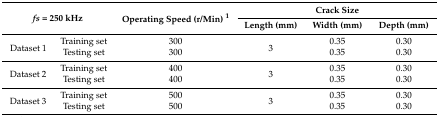
<table><thead><tr><td colspan="2" rowspan="2"><b><i>fs</i> = 250 kHz</b></td><td rowspan="2"><b>Operating Speed (r/Min) <sup>1</sup></b></td><td colspan="3"><b>Crack Size</b></td></tr><tr><td><b>Length (mm)</b></td><td><b>Width (mm)</b></td><td><b>Depth (mm)</b></td></tr></thead><tbody><tr><td rowspan="2">Dataset 1</td><td>Training set</td><td>300</td><td rowspan="2">3</td><td>0.35</td><td>0.30</td></tr><tr><td>Testing set</td><td>300</td><td>0.35</td><td>0.30</td></tr><tr><td rowspan="2">Dataset 2</td><td>Training set</td><td>400</td><td rowspan="2">3</td><td>0.35</td><td>0.30</td></tr><tr><td>Testing set</td><td>400</td><td>0.35</td><td>0.30</td></tr><tr><td rowspan="2">Dataset 3</td><td>Training set</td><td>500</td><td rowspan="2">3</td><td>0.35</td><td>0.30</td></tr><tr><td>Testing set</td><td>500</td><td>0.35</td><td>0.30</td></tr></tbody></table>